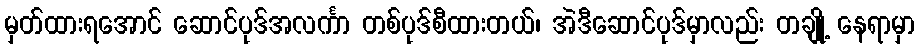
မှတ်ထားရအောင် ဆောင်ပုဒ်အလင်္ကာ တစ်ပုဒ်စီထားတယ်၊ အဲဒီဆောင်ပုဒ်မှာလည်း တချို့ နေရာမှာ